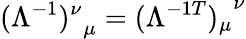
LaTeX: {(\Lambda^{-1})^{\nu}}_{\mu}={(\Lambda^{-1T})_{\mu}}^{\nu}